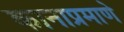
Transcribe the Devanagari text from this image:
कानाप्रमाणे